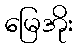
မြေအိုး